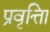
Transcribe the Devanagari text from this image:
प्रवृत्तिा